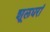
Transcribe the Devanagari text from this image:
शूलधरां